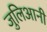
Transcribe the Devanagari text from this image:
जुलिआनी